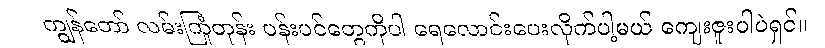
ကျွန်တော် လမ်းကြုံတုန်း ပန်းပင်တွေကိုပါ ရေလောင်းပေးလိုက်ပါ့မယ် ကျေးဇူးပါပဲရှင်။